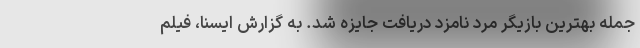
جمله بهترین بازیگر مرد نامزد دریافت جایزه شد. به گزارش ایسنا، فیلم